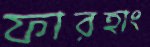
ফারহাং